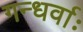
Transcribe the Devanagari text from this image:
गन्धर्वाः